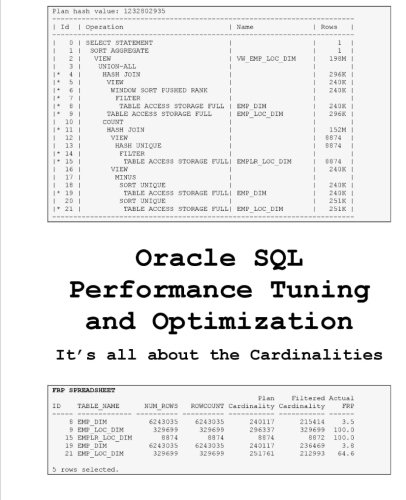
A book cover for Oracle SQL Performance Tuning and Optimization: It's all about the Cardinalities; Kevin Meade; Computers & Technology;